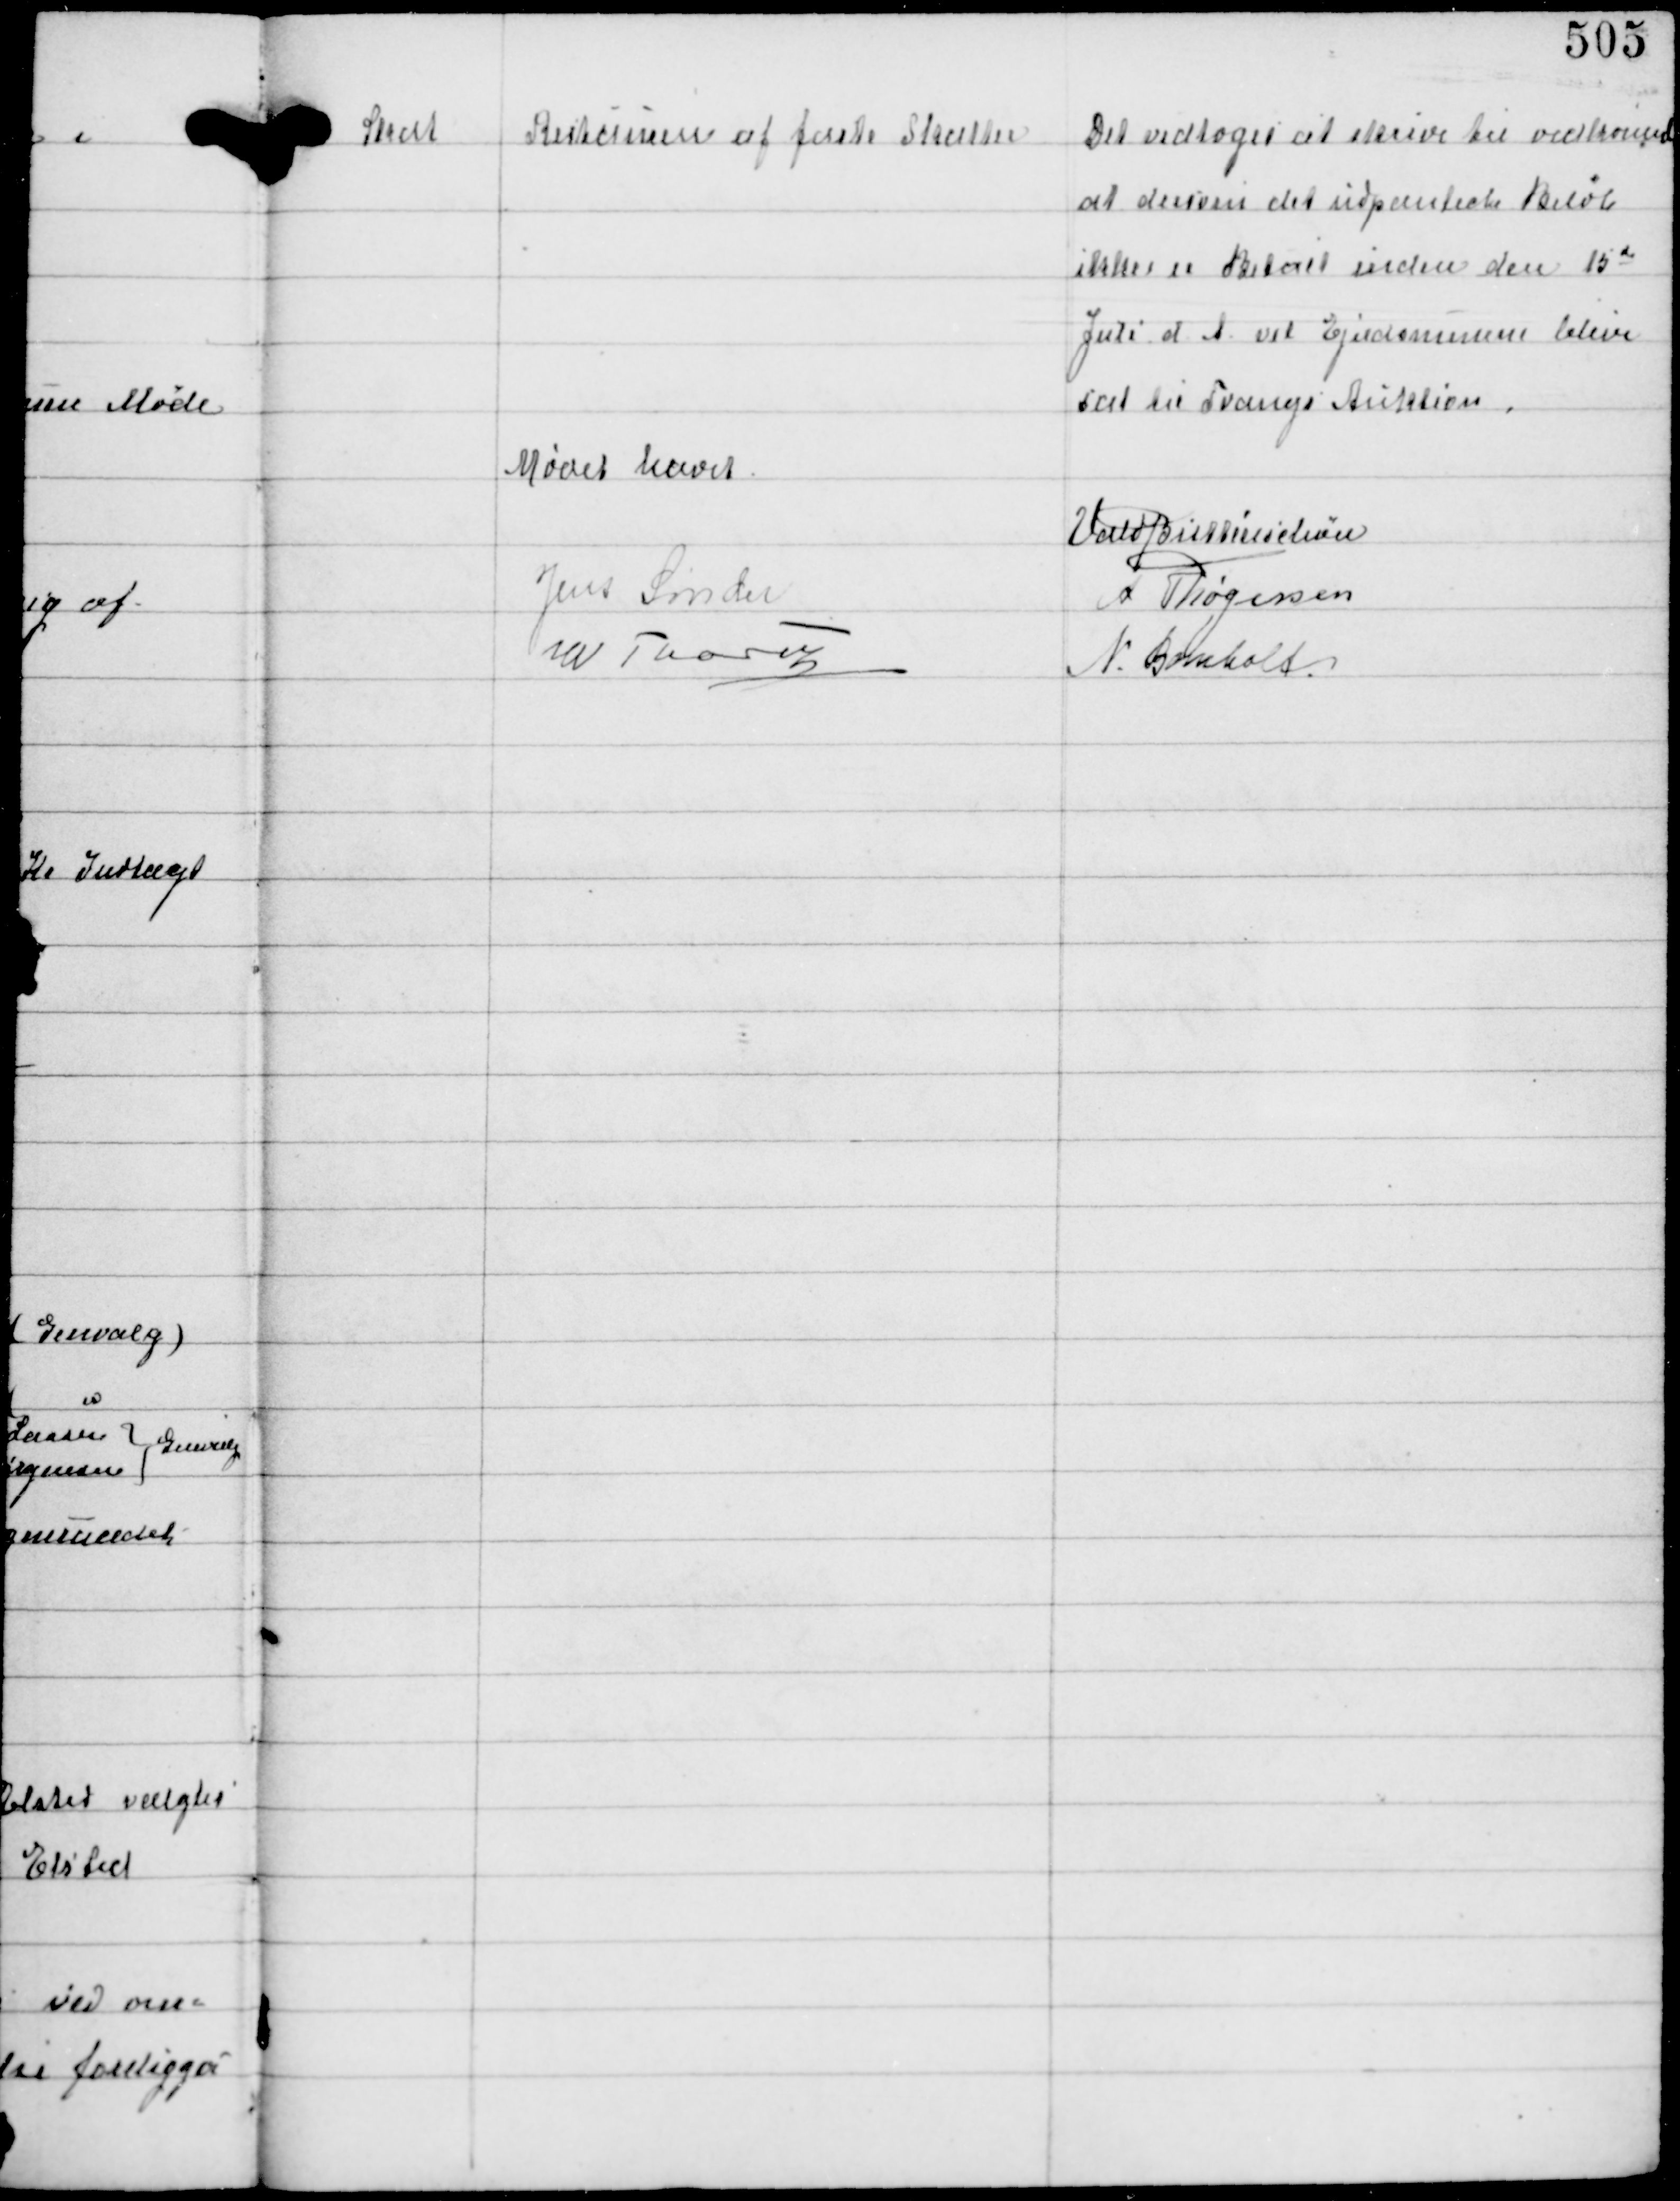
Transskription:
Skat

Restancen af faste Skatter

Det vedtoges at skrive til vedkommende
at dersom det udpantede Beløb
ikke er Betalt inden den 15d
Juli d.A vil Ejendommen blive
sat til Tvangs Auktion

Mødet hævet
Vald Buttenschøn
Jens Sønder
A Thøgersen
W Thorup
N. Bomholt